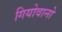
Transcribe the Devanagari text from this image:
गियोवानो